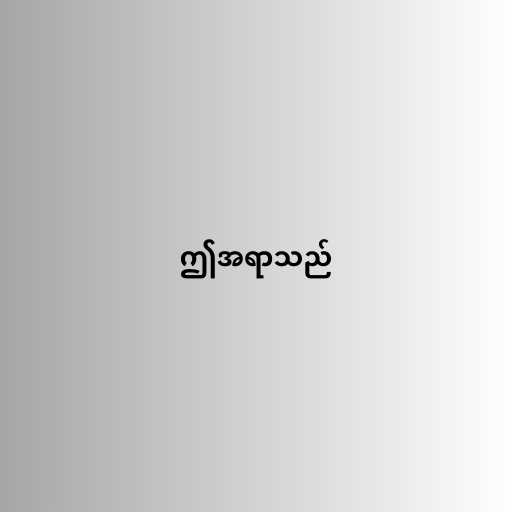
ဤအရာသည်